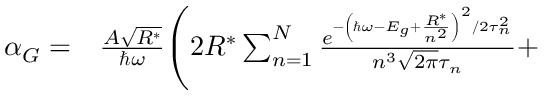
\begin{array} { r l } { \alpha _ { G } = } & { { } \frac { A \sqrt { R ^ { * } } } { \hbar \omega } \Bigg ( 2 R ^ { * } \sum _ { n = 1 } ^ { N } \frac { e ^ { - \left( \hbar \omega - E _ { g } + \frac { R ^ { * } } { n ^ { 2 } } \right) ^ { 2 } / 2 \tau _ { n } ^ { 2 } } } { n ^ { 3 } \sqrt { 2 \pi } \tau _ { n } } + } \end{array}